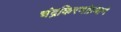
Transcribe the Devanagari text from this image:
चंद्रकिरणांप्रमाणे